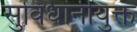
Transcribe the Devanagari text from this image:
सुविधांनीयुक्त